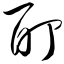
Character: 酊